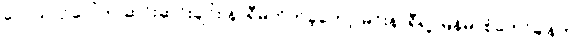
လေယာဉ်ပေါ်က ဆင်းဆင်းချင်း နာရီမတိုက်ခဲ့တော့ မင်းနာရီရဲ့ မြန်မာစံတော်ချိန်က